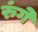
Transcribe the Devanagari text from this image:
रुंगे